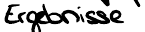
Ergebnisse